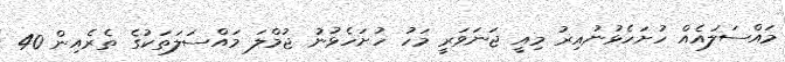
މައްސަލައެއް ހުށަހެޅުނުއިރު މިއީ ޖަނަވަރީ މަހު ހުށަހެޅުނު ޖުމްލަ މައްސަލަތަކުގެ ތެރެއިން 40